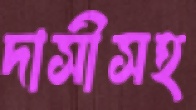
দাসীসহ